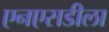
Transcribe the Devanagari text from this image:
एनएसडीला